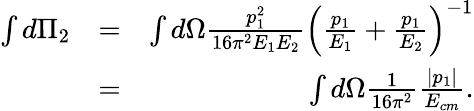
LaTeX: \begin{array}{rlr}{\int d\Pi_{2}}&{=}&{\int d\Omega\frac{p_{1}^{2}}{16\pi^{2}E_{1}E_{2}}\left(\frac{p_{1}}{E_{1}}+\frac{p_{1}}{E_{2}}\right)^{-1}}\\ &{=}&{\int d\Omega\frac{1}{16\pi^{2}}\frac{\left\vert p_{1}\right\vert}{E_{cm}}.}\end{array}